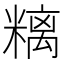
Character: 𥻿